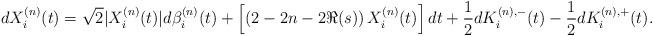
LaTeX: \begin{align*}dX^{(n)}_i(t)=\sqrt{2}|X_i^{(n)}(t)|d\beta^{(n)}_i(t)+\left[\left(2-2n-2\Re(s)\right)X_i^{(n)}(t)\right]dt+\frac{1}{2}dK_i^{(n),-}(t)-\frac{1}{2}dK_i^{(n),+}(t).\end{align*}